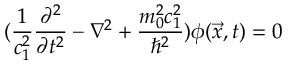
( \frac { 1 } { c _ { 1 } ^ { 2 } } \frac { \partial ^ { 2 } } { \partial t ^ { 2 } } - \nabla ^ { 2 } + \frac { m _ { 0 } ^ { 2 } c _ { 1 } ^ { 2 } } { \hbar ^ { 2 } } ) \phi ( \vec { x } , t ) = 0